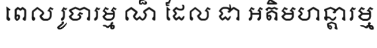
ពេល រូបារម្ម ណ៏ ដែល ជា អតិមហន្តារម្ម